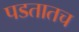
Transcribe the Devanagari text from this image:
पडतातच